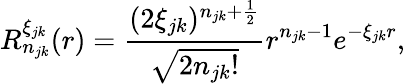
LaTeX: R_{n_{jk}}^{\xi_{jk}}(r)=\frac{(2\xi_{jk})^{n_{jk}+\frac{1}{2}}}{\sqrt{2n_{jk}!}}r^{n_{jk}-1}e^{-\xi_{jk}r},